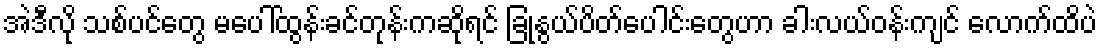
အဲဒီလို သစ်ပင်တွေ မပေါ်ထွန်းခင်တုန်းကဆိုရင် ခြုံနွယ်ပိတ်ပေါင်းတွေဟာ ခါးလယ်ဝန်းကျင် လောက်ထိပဲ